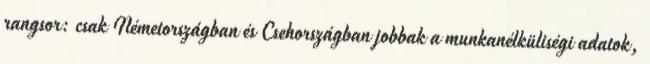
rangsor: csak Németországban és Csehországban jobbak a munkanélküliségi adatok,